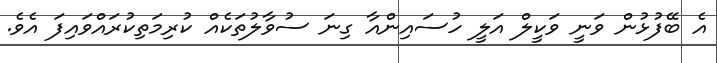
އެ ބޭފުޅުން ވަނީ ވަކީލް އަލީ ހުސައިންއާ ގިނަ ސުވާލުތަކެއް ކުރިމަތިކުރައްވައިފަ އެވެ.